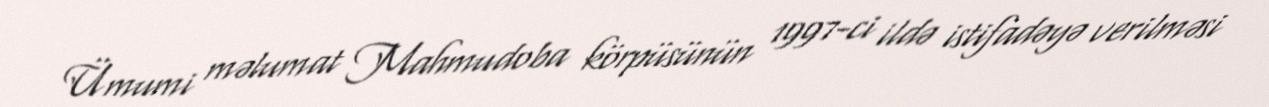
Ümumi məlumat Mahmudoba körpüsünün 1997-ci ildə istifadəyə verilməsi